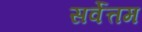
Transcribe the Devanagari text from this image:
सर्वेत्तम